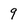
Character: 9